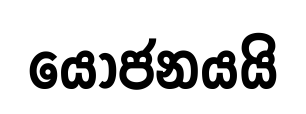
යෝජනයයි